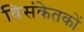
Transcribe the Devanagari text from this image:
विसंकेतकों